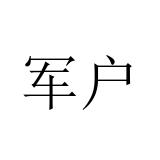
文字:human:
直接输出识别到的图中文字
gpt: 军户